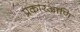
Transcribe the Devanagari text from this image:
प्रकारआणि